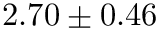
2 . 7 0 \pm 0 . 4 6